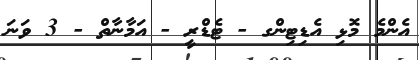
އެންމެ މޮޅި އެޑިޓިންގ - ޓެޑްރީ - އަމާނާތް - 3 ވަނަ